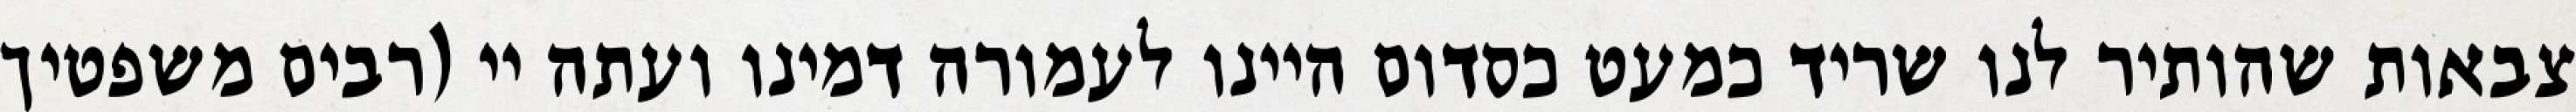
צבאות שהותיר לנו שריד כמעט כסדום היינו לעמורה דמינו ועתה יי (רבים משפטיך